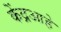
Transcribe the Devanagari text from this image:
केंद्रआहे